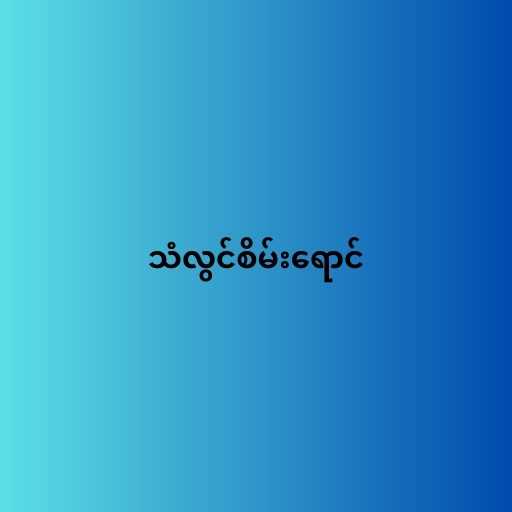
သံလွင်စိမ်းရောင်